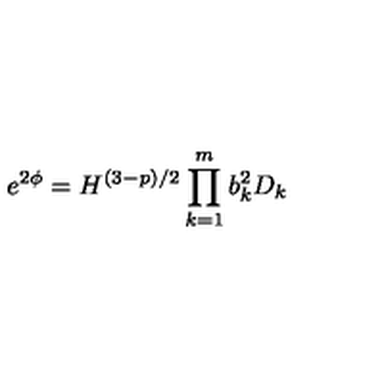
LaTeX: e ^ { 2 \phi } = H ^ { ( 3 - p ) / 2 } \prod _ { k = 1 } ^ { m } b _ { k } ^ { 2 } D _ { k }